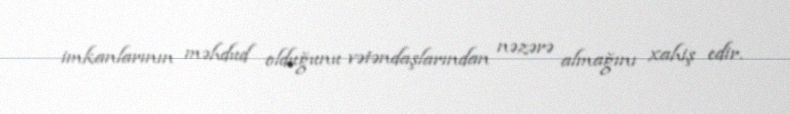
imkanlarının məhdud olduğunu vətəndaşlarından nəzərə almağını xahiş edir.